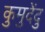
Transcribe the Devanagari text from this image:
कुमुदेंदु